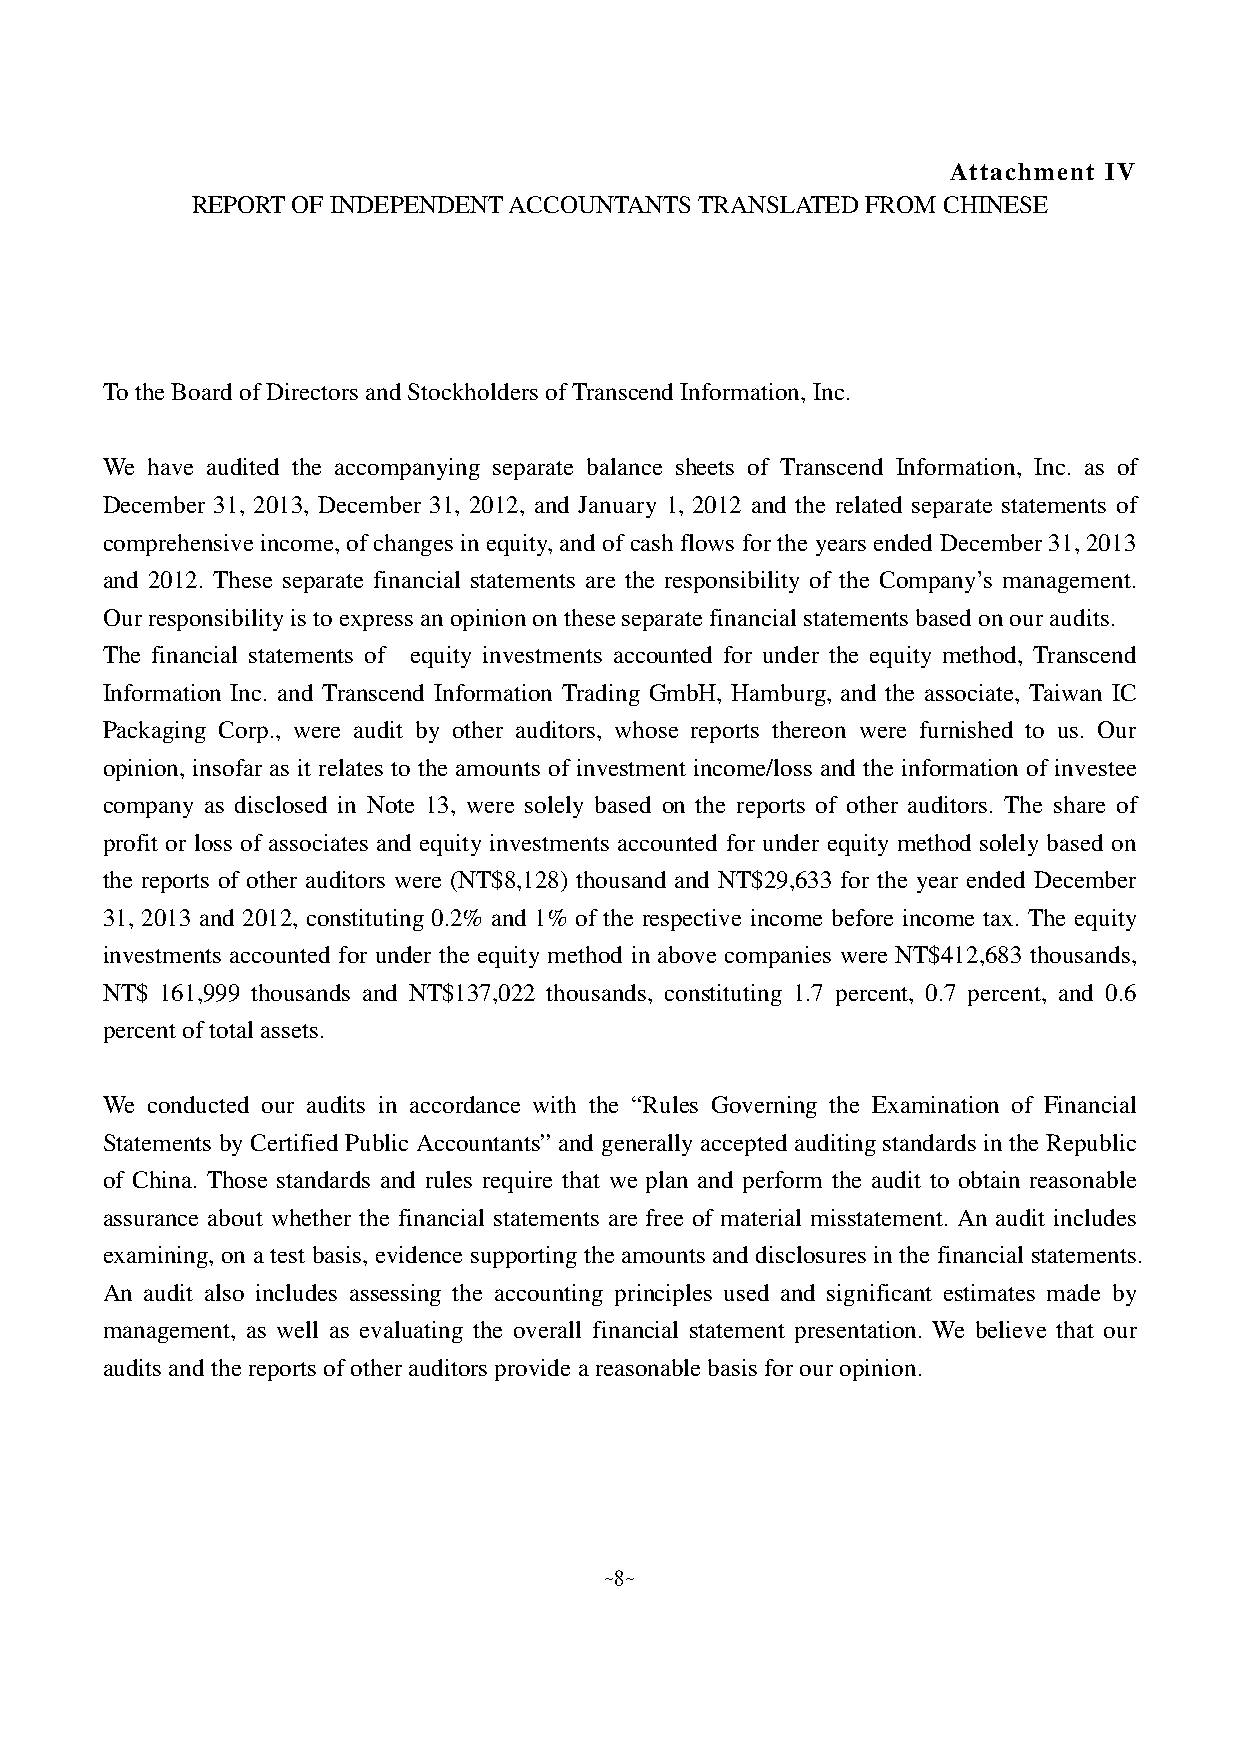
Attachment IV
 REPORT OF INDEPENDENT ACCOUNTANTS TRANSLATED FROM CHINESE
 To the Board of Directors and Stockholders of Transcend Information, Inc.
 We have audited the accompanying separate balance sheets of Transcend Information, Inc. as of
 December 31, 2013, December 31, 2012, and January 1, 2012 and the related separate statements of
 comprehensive income, of changes in equity, and of cash flows for the years ended December 31, 2013
 and 2012. These separate financial statements are the responsibility of the Company’s management.
 Our responsibility is to express an opinion on these separate financial statements based on our audits.
 The financial statements of equity investments accounted for under the equity method, Transcend
 Information Inc. and Transcend Information Trading GmbH, Hamburg, and the associate, Taiwan IC
 Packaging Corp., were audit by other auditors, whose reports thereon were furnished to us. Our
 opinion, insofar as it relates to the amounts of investment income/loss and the information of investee
 company as disclosed in Note 13, were solely based on the reports of other auditors. The share of
 profit or loss of associates and equity investments accounted for under equity method solely based on
 the reports of other auditors were (NT$8,128) thousand and NT$29,633 for the year ended December
 31, 2013 and 2012, constituting 0.2% and 1% of the respective income before income tax. The equity
 investments accounted for under the equity method in above companies were NT$412,683 thousands,
 NT$ 161,999 thousands and NT$137,022 thousands, constituting 1.7 percent, 0.7 percent, and 0.6
 percent of total assets.
 We conducted our audits in accordance with the “Rules Governing the Examination of Financial
 Statements by Certified Public Accountants” and generally accepted auditing standards in the Republic
 of China. Those standards and rules require that we plan and perform the audit to obtain reasonable
 assurance about whether the financial statements are free of material misstatement. An audit includes
 examining, on a test basis, evidence supporting the amounts and disclosures in the financial statements.
 An audit also includes assessing the accounting principles used and significant estimates made by
 management, as well as evaluating the overall financial statement presentation. We believe that our
 audits and the reports of other auditors provide a reasonable basis for our opinion.
 ~8~